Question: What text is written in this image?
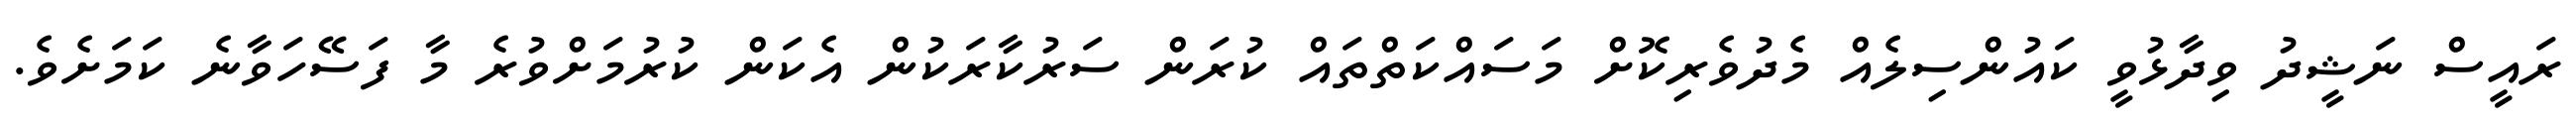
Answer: ރައީސް ނަޝީދު ވިދާޅުވީ ކައުންސިލެއް މެދުވެރިކޮށް މަސައްކަތްތައް ކުރަން ސަރުކާރަކުން އެކަން ކުރުމަށްވުރެ މާ ފަސޭހަވާނެ ކަމަށެވެ.